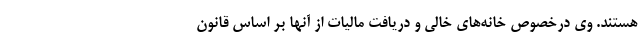
هستند. وی درخصوص خانه‌های خالی و دریافت مالیات از آنها بر اساس قانون